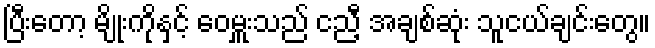
ပြီးတော့ မျိုးကိုနှင့် ဝေမှူးသည် ငညီ့ အချစ်ဆုံး သူငယ်ချင်းတွေ။